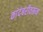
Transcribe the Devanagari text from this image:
कांदंबरीवरून